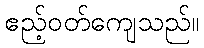
ဧည့်ဝတ်ကျေသည်။